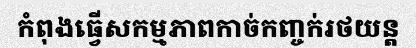
កំពុងធ្វើសកម្មភាពកាច់កញ្ចក់រថយន្ត